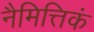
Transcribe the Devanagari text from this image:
नैमित्तिकं